Civil Veterinary Department Bengal reports 1923-33 - 1923-1933
Year: 1923
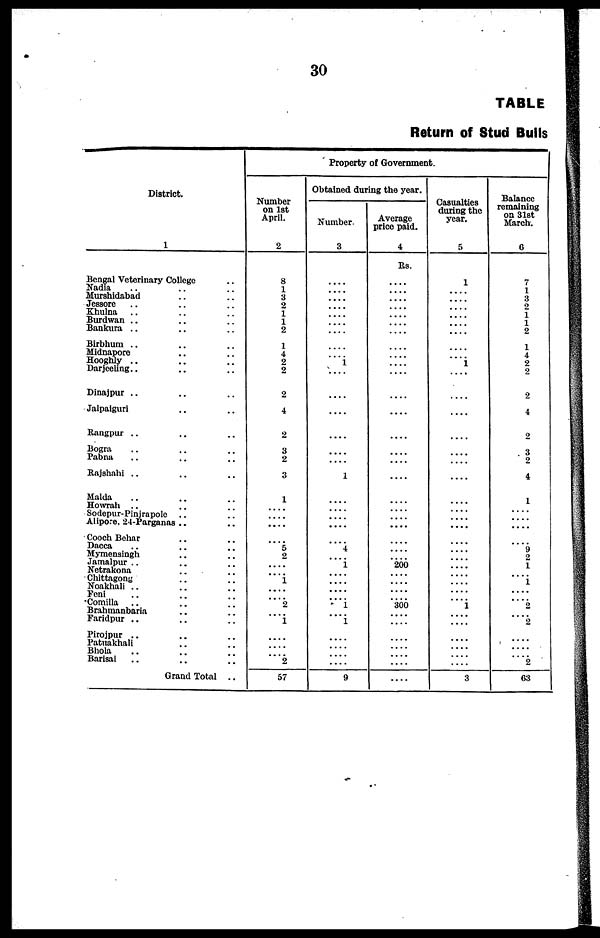
30
TABLE
Return of stud Bulls
District.
1
Bengal Veterinary College ..
Nadia .. .. ..
Murshidabad .. ..
Jessore .. .. ..
Khulna .. .. ..
Burdwan .. .. ..
Bankura .. .. ..
Birbhurn .. .. ..
Midnapore .. ..
Hooghly .. .. ..
Darjeeling .. .. ..
Dinajpur .. .. ..
Jalpaiguri .. ..
Rangpur .. .. ..
Bogra .. .. ..
Pabnu
..
..
..
Rajshahi .. .. ..
Malda .. .. ..
Howrah
..
..
..
Sodepur-PinjrapoIe .. ..
Allpore. 24-Parganas .. ..
Cooch Behar .. ..
Dacca
..
..
..
Myraensingh
..
..
Jamalpur ..
..
..
Netrakona .. ..
Chittngong .. ..
Noakhali ..
..
..
Fenl .. .. ..
Comilla ..
..
..
Brshmanbaria
..
..
Faridpur ..
..
..
Pirojpur .. .. ..
Patnakhali .. ..
Bhola .. .. ..
Barisal
..
..
..
Grand Total ..
Property of Government.
Number
on 1st
April.
2
8
1
3
2
1
1
2
1
4
2
2
2
4
2
3
2
3
1
.... ....
....
5
2
....
.... 1
....
....
2
.... ....
....
....
....
2
57
Obtained during the year.
Number.
3
....
.... ....
....
....
....
....
....
....
....
....
....
....
....
....
....
1
....
....
.... ....
....
4
.... ....
....
....
....
.... 1
.... 1
....
....
....
....
9
Average
price paid.
4
Rs.
....
.... ....
....
....
....
....
....
....
.... ....
....
....
....
....
....
....
....
....
.... ....
....
....
.... 200
....
....
....
.... 300
....
....
....
....
....
....
....
Casualties
during the
year.
5
1
....
....
....
....
....
....
....
....
....
....
1
....
....
....
....
....
....
....
.... ....
....
....
....
....
....
....
....
....
1
....
....
....
....
....
....
3
Balance
remaining
on 31st
March.
6
7
1
3
2
1
1
2
1
4
2
2
2
4
2
3
2
4
1
....
....
....
....
9
2
1
....
1
....
....
2
....
2
....
....
.... 2
63